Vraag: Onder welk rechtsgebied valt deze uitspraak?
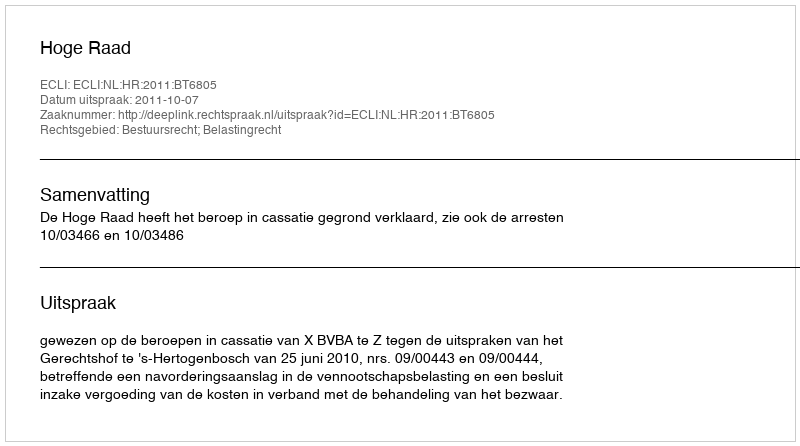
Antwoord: Bestuursrecht; Belastingrecht